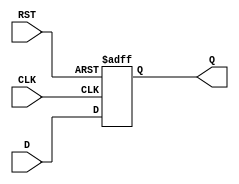
module output_register #(
    parameter WIDTH = 8  // Parameter to define the width of the register (default is 8 bits)
)(
    input wire [WIDTH-1:0] D,      // Data input
    input wire CLK,                 // Clock input
    input wire RST,                 // Asynchronous reset
    output reg [WIDTH-1:0] Q        // Data output
);

// Always block triggered by the clock and reset
always @(posedge CLK or posedge RST) begin
    if (RST) begin
        Q <= {WIDTH{1'b0}};          // Clear the output register to zero
    end else begin
        Q <= D;                      // Capture data on rising edge of the clock
    end
end

endmodule